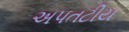
અપતટીય